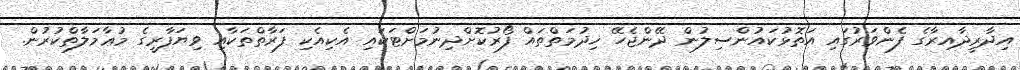
އިދާރީދާއިރާގެ ފެންވަރުގައި އަތޮޅުކައުންސިލުން ދޭންޖެހޭ ޚިދުމަތްތައް ފޯރުކޮށްދިނުމަށްޓަކައި އެކިއެކި ފަރާތްތަކާއި ވިޔަފާރީގެ މުޢާމަލާތްކުރުން.